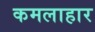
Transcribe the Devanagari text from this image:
कमलाहार